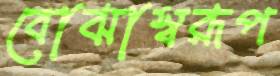
বোঝাস্বরূপ